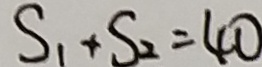
S _ { 1 } + S _ { 2 } = 4 0